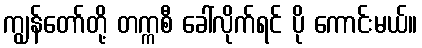
ကျွန်တော်တို့ တက္ကစီ ခေါ်လိုက်ရင် ပို ကောင်းမယ်။